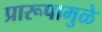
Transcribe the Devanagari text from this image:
प्रारूपामुळे